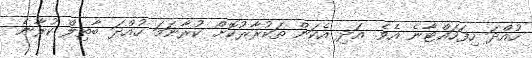
ހުއްދަ ހިފަހައްޓާނެ އެވެ. އަދި އެކަން ތަކުރާރުކޮށް ކުރާނަމަ ހުއްދަ ބާތިލް ކުރާނެ